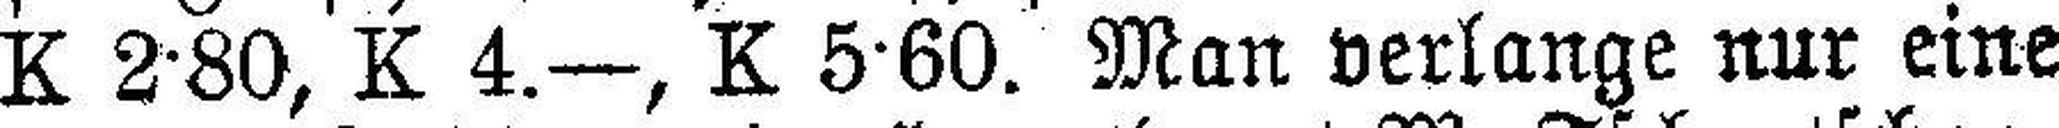
K 2·80, K 4.—, K 5·60. Man verlange nur eine